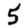
Digit: 5